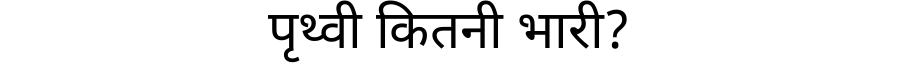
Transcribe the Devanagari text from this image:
पृथ्वी कितनी भारी?